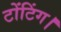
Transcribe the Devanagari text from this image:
टोंटिंग।